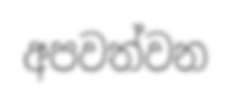
අපවත්වන